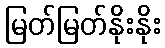
မြတ်မြတ်နိုးနိုး